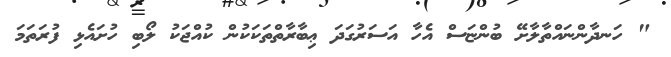
" ހަނދާންނައްތާލާށޭ ބުންޏަސް އެހާ އަސަރުގަދަ ޢިބާރާތްތަކަކުން ކުއްޖަކު ލޯބި ހުށައެޅި ފުރަތަމަ